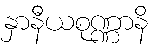
နှာနီယစုဏ္ဏာနိ